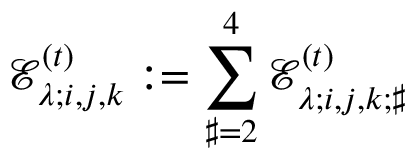
\mathcal { E } _ { \lambda ; i , j , k } ^ { ( t ) } : = \sum _ { \sharp = 2 } ^ { 4 } \mathcal { E } _ { \lambda ; i , j , k ; \sharp } ^ { ( t ) }